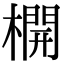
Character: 𣛣